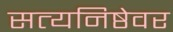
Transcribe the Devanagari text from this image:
सत्यनिष्ठेवर